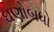
ઘણોબધો